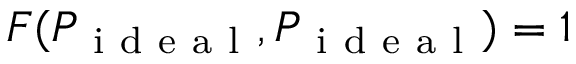
F ( P _ { \mathrm { ~ i ~ d ~ e ~ a ~ l ~ } } , P _ { \mathrm { ~ i ~ d ~ e ~ a ~ l ~ } } ) = 1